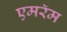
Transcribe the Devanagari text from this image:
एमरॅम